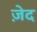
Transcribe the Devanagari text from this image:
ज़ेद